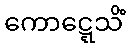
ကောဋ္ဋေသိံ